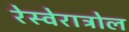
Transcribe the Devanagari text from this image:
रेस्वेराट्रोल